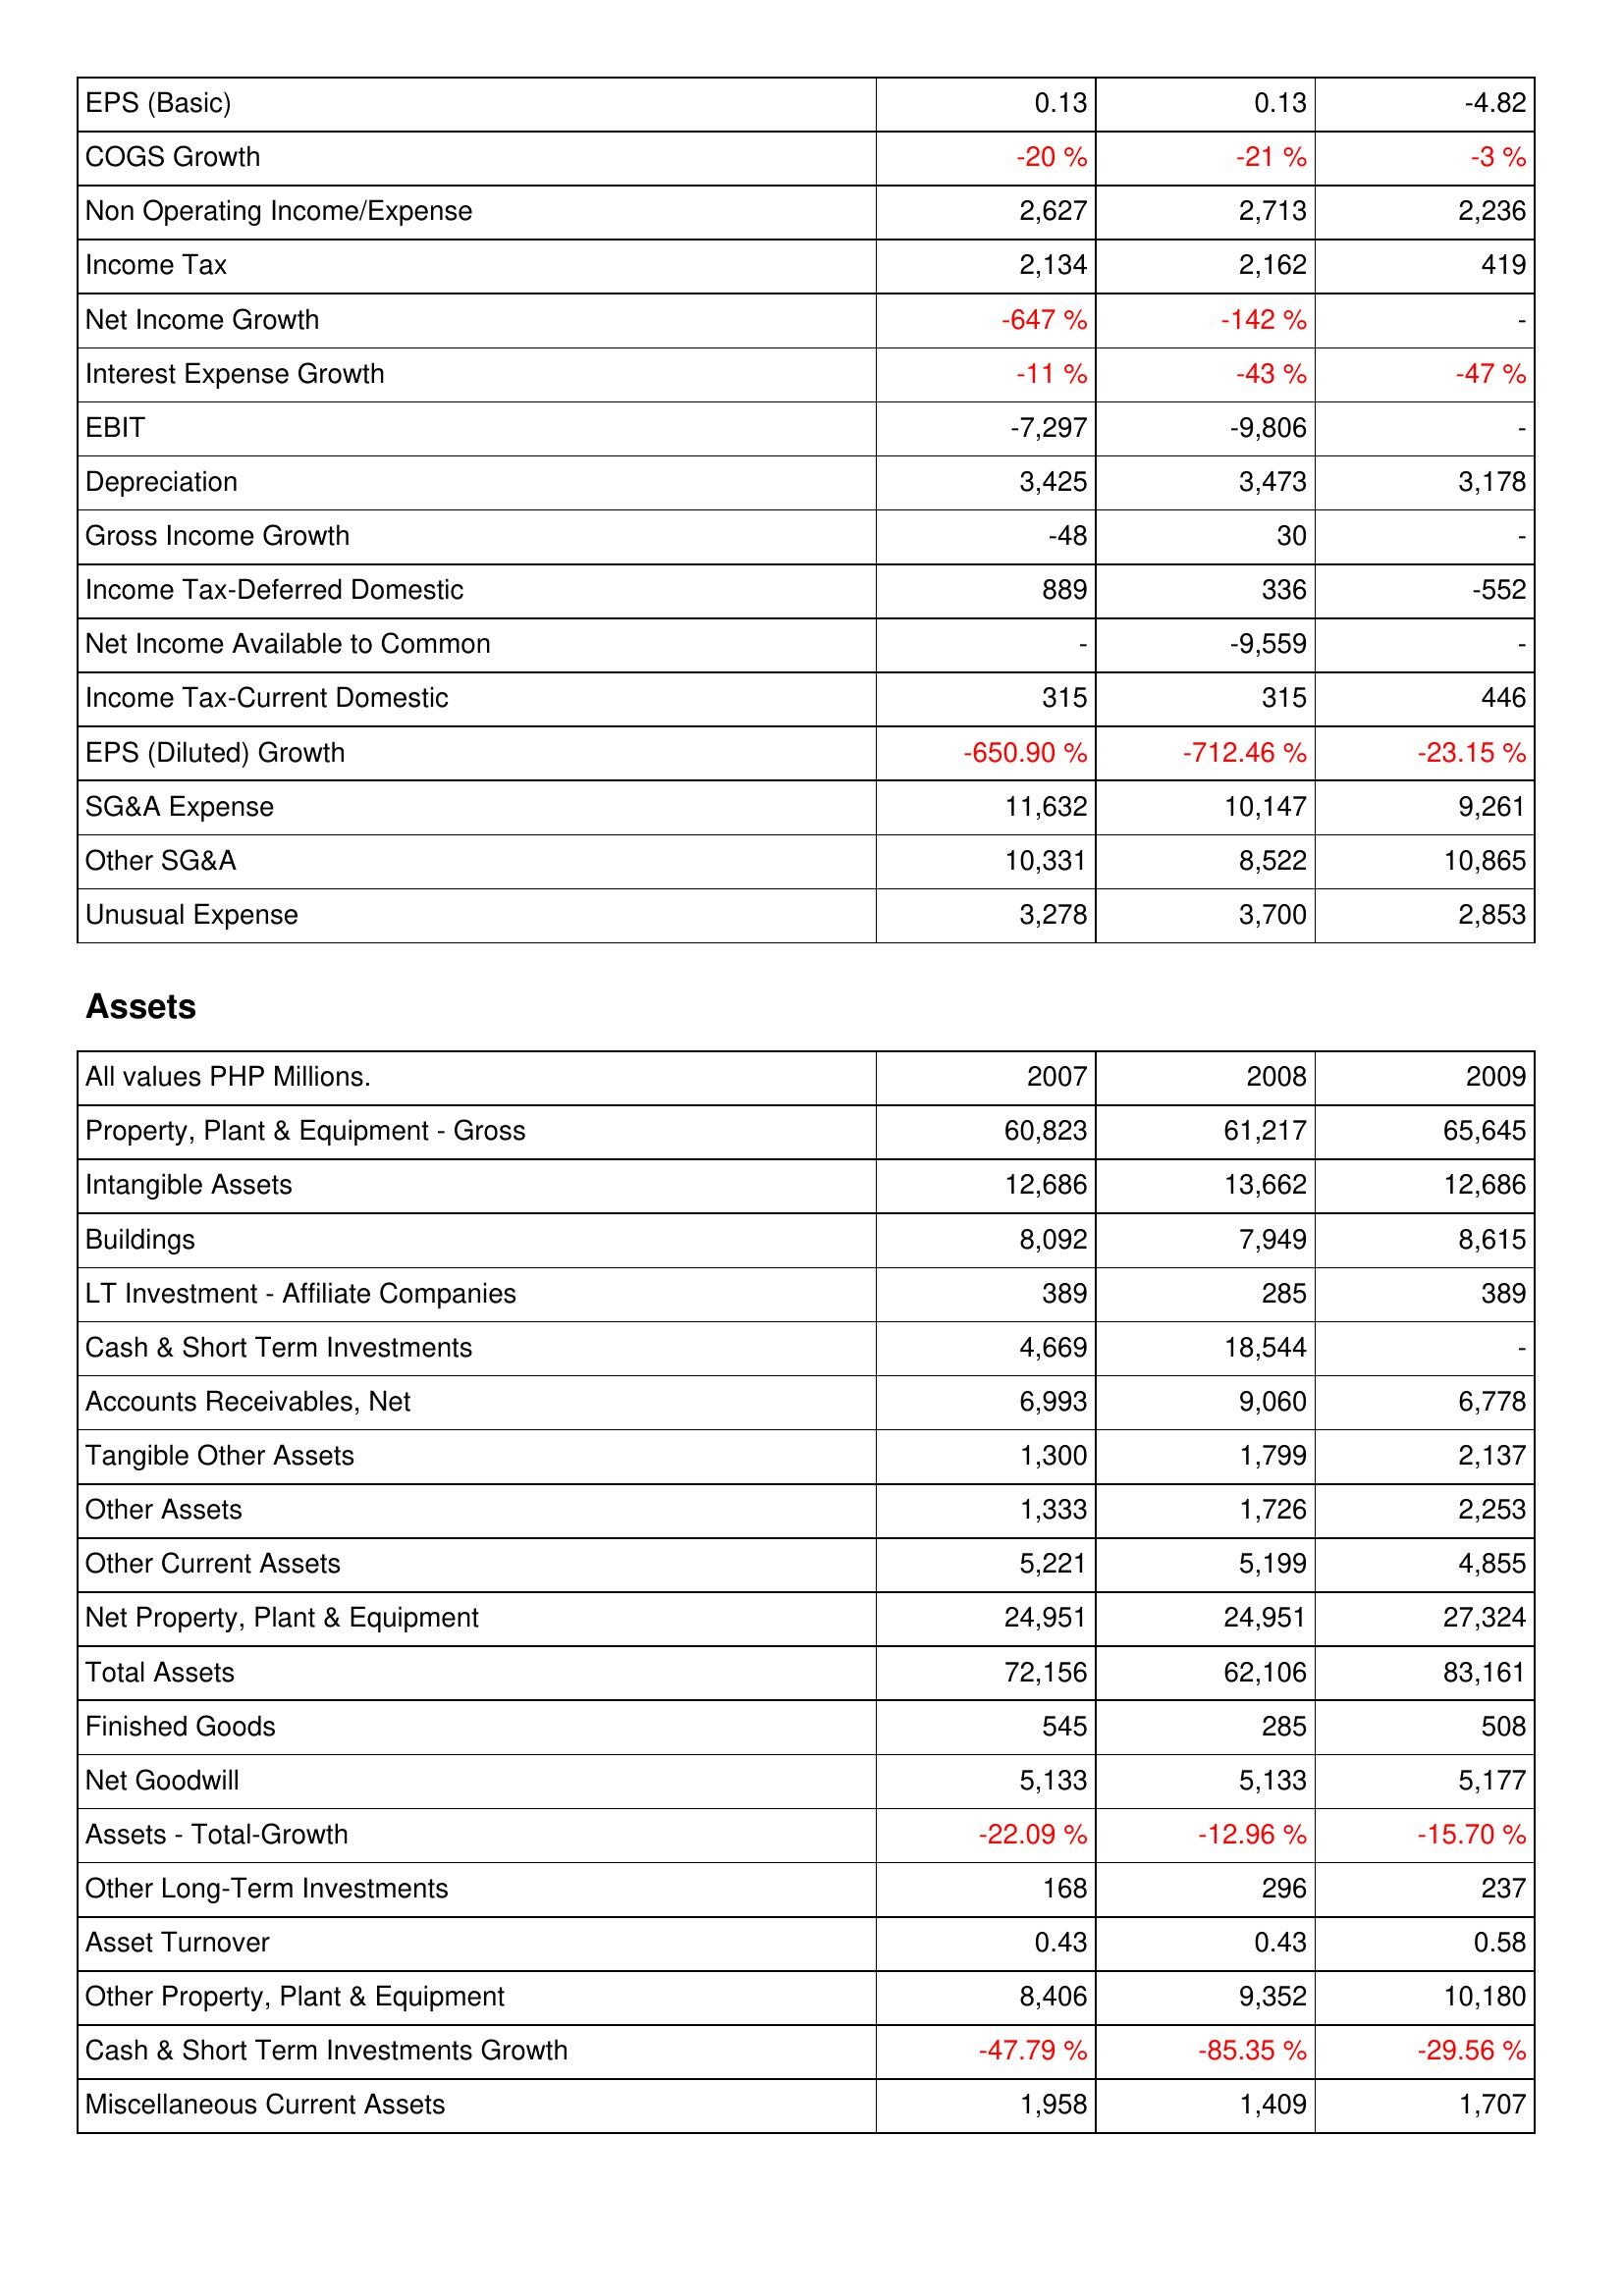
2007: Income Statement: EPS (Basic): 0.13
COGS Growth: -20 %
Non Operating Income/Expense: 2,627
Income Tax: 2,134
Net Income Growth: -647 %
Interest Expense Growth: -11 %
EBIT: -7,297
Depreciation: 3,425
Gross Income Growth: -48
Income Tax-Deferred Domestic: 889
Net Income Available to Common: -
Income Tax-Current Domestic: 315
EPS (Diluted) Growth: -650.90 %
SG&A Expense: 11,632
Other SG&A: 10,331
Unusual Expense: 3,278
Assets: Property, Plant & Equipment - Gross: 60,823
Intangible Assets: 12,686
Buildings: 8,092
LT Investment - Affiliate Companies: 389
Cash & Short Term Investments: 4,669
Accounts Receivables, Net: 6,993
Tangible Other Assets: 1,300
Other Assets: 1,333
Other Current Assets: 5,221
Net Property, Plant & Equipment: 24,951
Total Assets: 72,156
Finished Goods: 545
Net Goodwill: 5,133
Assets - Total-Growth: -22.09 %
Other Long-Term Investments: 168
Asset Turnover: 0.43
Other Property, Plant & Equipment: 8,406
Cash & Short Term Investments Growth: -47.79 %
Miscellaneous Current Assets: 1,958
2008: Income Statement: EPS (Basic): 0.13
COGS Growth: -21 %
Non Operating Income/Expense: 2,713
Income Tax: 2,162
Net Income Growth: -142 %
Interest Expense Growth: -43 %
EBIT: -9,806
Depreciation: 3,473
Gross Income Growth: 30
Income Tax-Deferred Domestic: 336
Net Income Available to Common: -9,559
Income Tax-Current Domestic: 315
EPS (Diluted) Growth: -712.46 %
SG&A Expense: 10,147
Other SG&A: 8,522
Unusual Expense: 3,700
Assets: Property, Plant & Equipment - Gross: 61,217
Intangible Assets: 13,662
Buildings: 7,949
LT Investment - Affiliate Companies: 285
Cash & Short Term Investments: 18,544
Accounts Receivables, Net: 9,060
Tangible Other Assets: 1,799
Other Assets: 1,726
Other Current Assets: 5,199
Net Property, Plant & Equipment: 24,951
Total Assets: 62,106
Finished Goods: 285
Net Goodwill: 5,133
Assets - Total-Growth: -12.96 %
Other Long-Term Investments: 296
Asset Turnover: 0.43
Other Property, Plant & Equipment: 9,352
Cash & Short Term Investments Growth: -85.35 %
Miscellaneous Current Assets: 1,409
2009: Income Statement: EPS (Basic): -4.82
COGS Growth: -3 %
Non Operating Income/Expense: 2,236
Income Tax: 419
Net Income Growth: -
Interest Expense Growth: -47 %
EBIT: -
Depreciation: 3,178
Gross Income Growth: -
Income Tax-Deferred Domestic: -552
Net Income Available to Common: -
Income Tax-Current Domestic: 446
EPS (Diluted) Growth: -23.15 %
SG&A Expense: 9,261
Other SG&A: 10,865
Unusual Expense: 2,853
Assets: Property, Plant & Equipment - Gross: 65,645
Intangible Assets: 12,686
Buildings: 8,615
LT Investment - Affiliate Companies: 389
Cash & Short Term Investments: -
Accounts Receivables, Net: 6,778
Tangible Other Assets: 2,137
Other Assets: 2,253
Other Current Assets: 4,855
Net Property, Plant & Equipment: 27,324
Total Assets: 83,161
Finished Goods: 508
Net Goodwill: 5,177
Assets - Total-Growth: -15.70 %
Other Long-Term Investments: 237
Asset Turnover: 0.58
Other Property, Plant & Equipment: 10,180
Cash & Short Term Investments Growth: -29.56 %
Miscellaneous Current Assets: 1,707